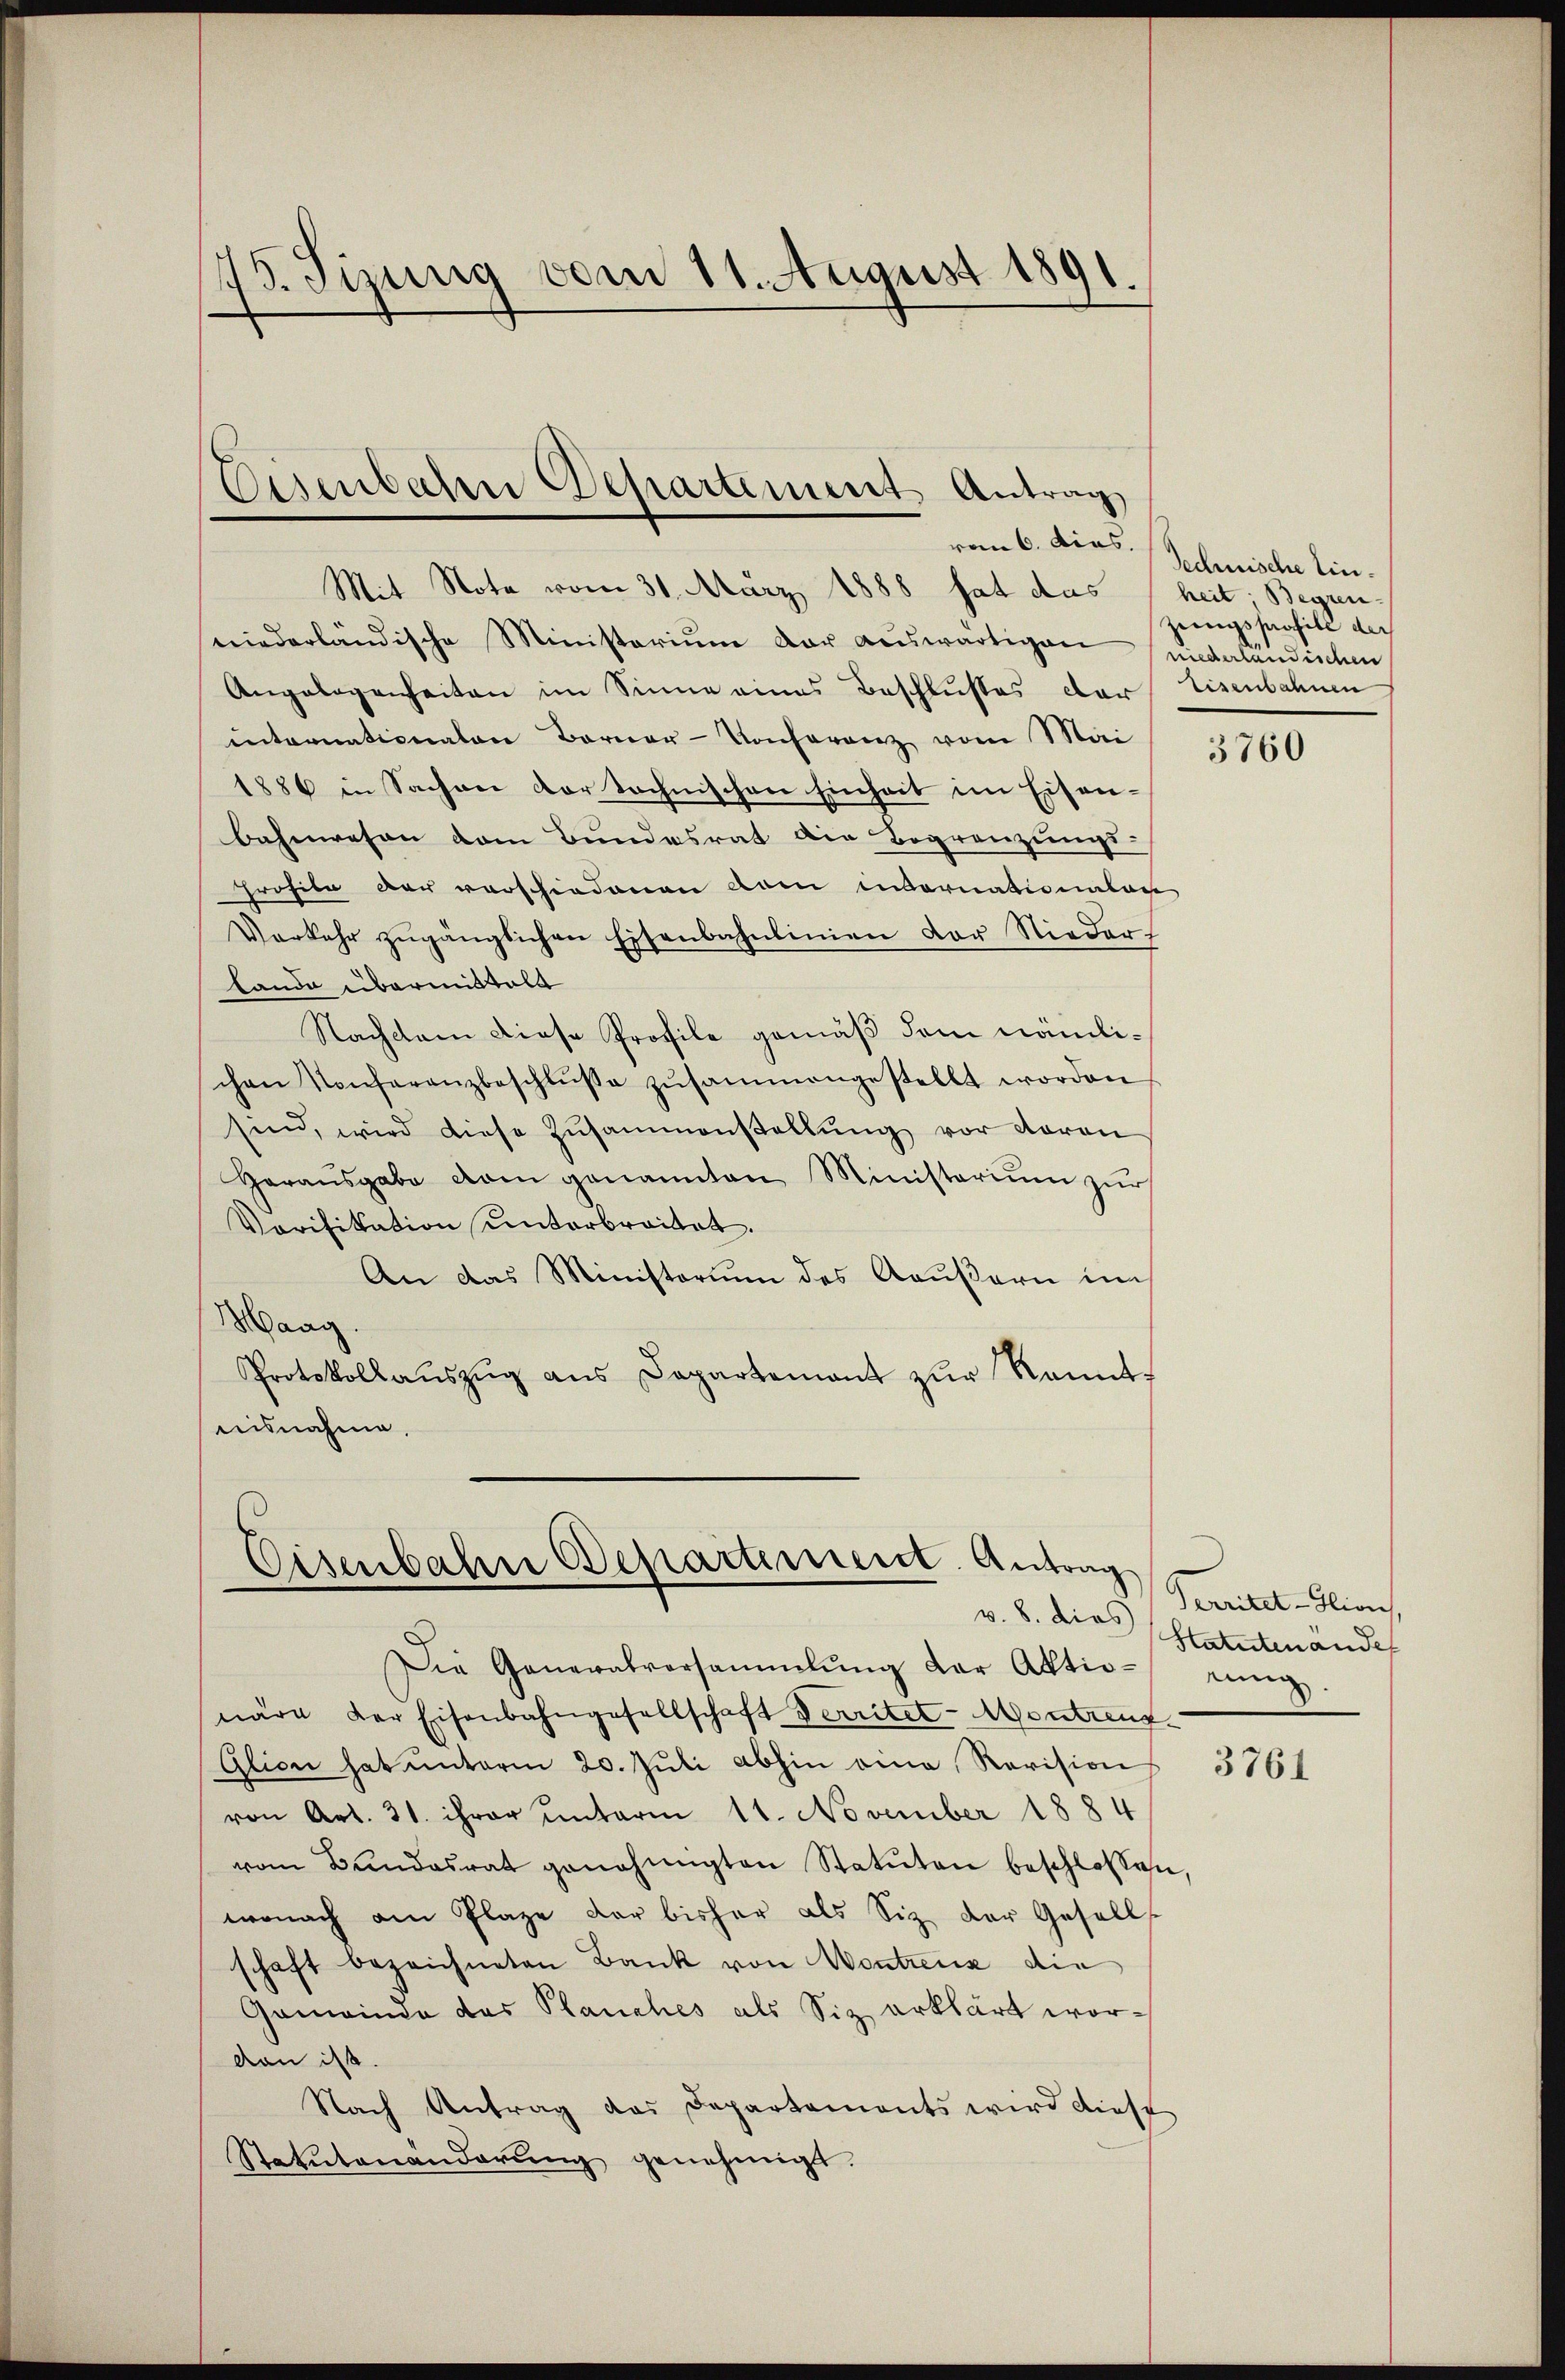
75. Jizung vom 11. August 1891.

Mit Note vom 31. März 1888 hat das heit; Begren-
niederländische Ministerium der auswärtigen (unederländischen
Angelegenheiten im Sinne eines Beschlußes der Eisenbahnen
internationalen Berner-Konferenz vom Mai
1886 in Sachen der technischen Einheit im Eisenbahnwesen dem Bundesrat die Begrenzungs-
Profile der verschiedenen dem internationalan
Verkehr zugänglichen Eisenbahnlinien der Nieder¬
Lando übermittels
Nachdem diese Profile gemäß dem nämlichen Konferenzbeschlŭsse zŭsammengestellt worden
sind, wird diese Zusammenstellŭng vor daran
Harausgabe vom genannten Ministerium zur
Vorifikation unterbreitet.
An das Ministorium des Aeußern im
Maag.
Protokollaŭszŭg ans Departement zŭr Kennt-
isnahme.

Eisenbahn Departement Antrag
vom 6. dies.

Cisenbahn Departiment. Antrag
v. 8. dies

Die Generalversammlung der Aktio- einig.
näre der Eisenbahngesellschaft Territet - Abentreuf
Glion hat ŭnterm 20. Jŭli abhin eine Revision
von Art. 31. ihrer unterm 11. November 1884
vom Bŭndesrat genehmigten Statuten beschlossen,
wonach am Plaze der bisher als Siz der Gesells
schaft bezeichneten Bank von Montrenz die
Gemeinde das Planches als Siz erklärt wordan ist.
Nach Antrag das Departaments wird diese
Statutenänderŭng genehmigt.

Technische Einzeungssaafill der

3760

Verritet -Hivis,
Statutenände

3761